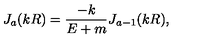
J _ { a } ( k R ) = \frac { - k } { E + m } J _ { a - 1 } ( k R ) ,